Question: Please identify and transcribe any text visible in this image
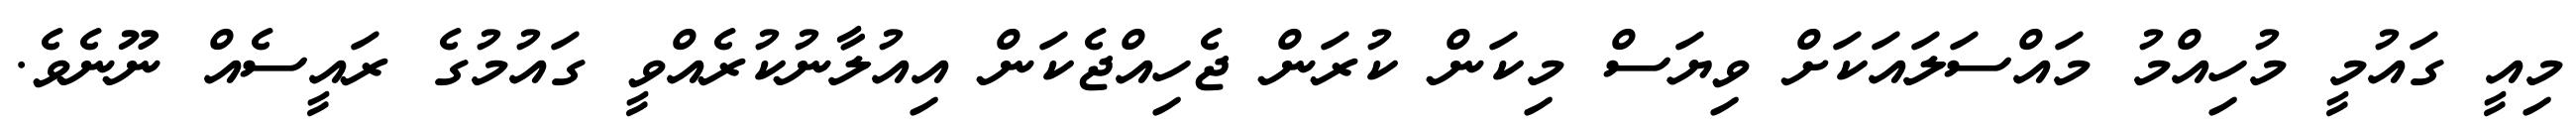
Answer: މިއީ ގައުމީ މުހިއްމު މައްސަލައަކަށް ވިޔަސް މިކަން ކުރަން ޖެހިއްޖެކަން އިއުލާނުކުރެއްވީ ގައުމުގެ ރައީސެއް ނޫނެވެ.